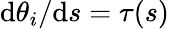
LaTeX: \mathrm{d}\theta_{i}/\mathrm{d}s=\tau(s)